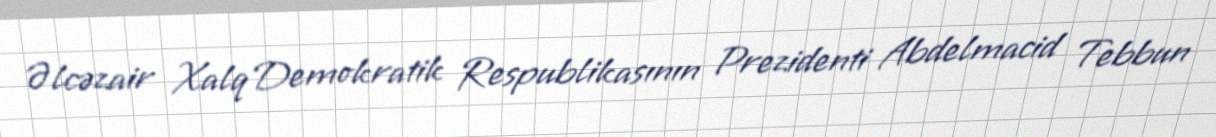
Əlcəzair Xalq Demokratik Respublikasının Prezidenti Abdelmacid Tebbun